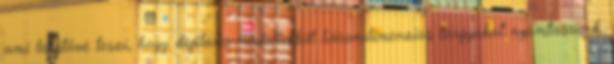
ami lehetővé teszi, hogy digitális modellekből háromdimenziós tárgyakat nyomtassunk.